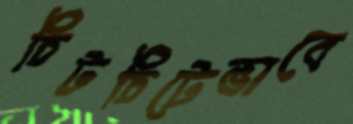
চিটচিটেভাবে